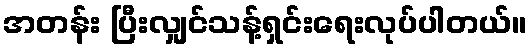
အတန်း ပြီးလျှင်သန့်ရှင်းရေးလုပ်ပါတယ်။